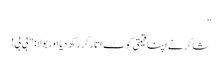
”
شاکر نے اپنا قیمتی کوٹ اتار کر رکھ دیا اور بولا: "بی بی!